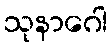
သုနာဂေါ